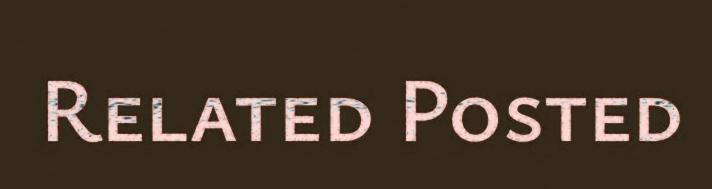
Related Posted